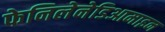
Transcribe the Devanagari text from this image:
फेनिलेनेडिआमाइन